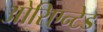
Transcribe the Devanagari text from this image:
ओरिएन्टेड